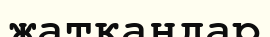
жатқандар